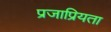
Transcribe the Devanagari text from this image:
प्रजाप्रियता